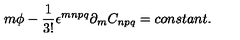
m \phi - \frac { 1 } { 3 ! } \epsilon ^ { m n p q } \partial _ { m } C _ { n p q } = c o n s t a n t .